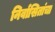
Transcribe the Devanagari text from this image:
निर्वासितांचा